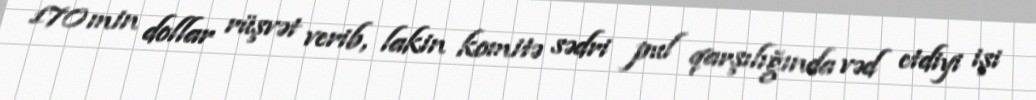
170 min dollar rüşvət verib, lakin komitə sədri pul qarşılığında vəd etdiyi işi